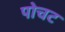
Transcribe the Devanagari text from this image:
पोचट